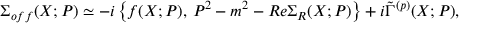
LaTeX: \Sigma _ { o f f } ( X ; P ) \simeq - i \left\{ f ( X ; P ) , \, P ^ { 2 } - m ^ { 2 } - R e \Sigma _ { R } ( X ; P ) \right\} + i \tilde { \Gamma } ^ { ( p ) } ( X ; P ) ,